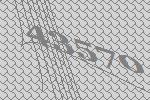
43570